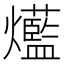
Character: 𤓆